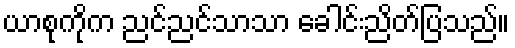
ယာစုကိုက ညင်ညင်သာသာ ခေါင်းညိတ်ပြသည်။